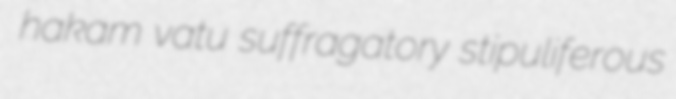
hakam vatu suffragatory stipuliferous